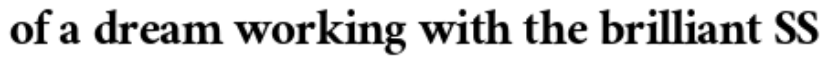
of a dream working with the brilliant SS